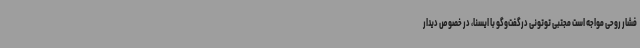
فشار روحی مواجه است مجتبی توتونی درگفت‌وگو با ایسنا، در خصوص دیدار